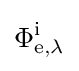
\Phi _{\mathrm {e} ,\lambda }^{\mathrm {i} }